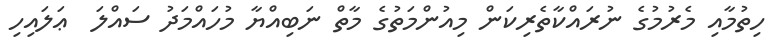
ހިތުމާއި މެރުމުގެ ނުރައްކާތެރިކަން މިއުންމަތުގެ މާތް ނަބިއްޔާ މުހައްމަދު ސައްލަ  ޢަލައިހި